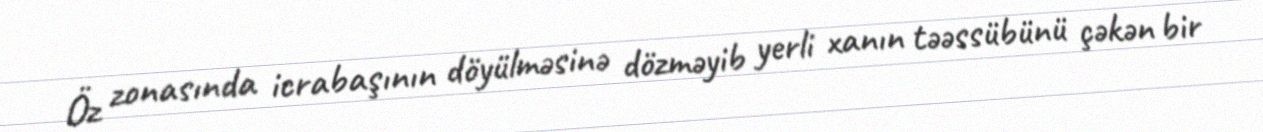
Öz zonasında icrabaşının döyülməsinə dözməyib yerli xanın təəssübünü çəkən bir